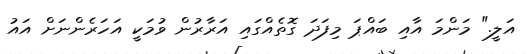
އަލީ." މަންމަ އާއި ބައްޕަ މިފަދަ ގޮތެއްގައި އަރާރުން ވުމަކީ އަހަރެންނަށް އައު